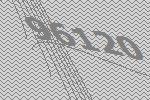
96120